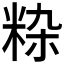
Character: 𬖚